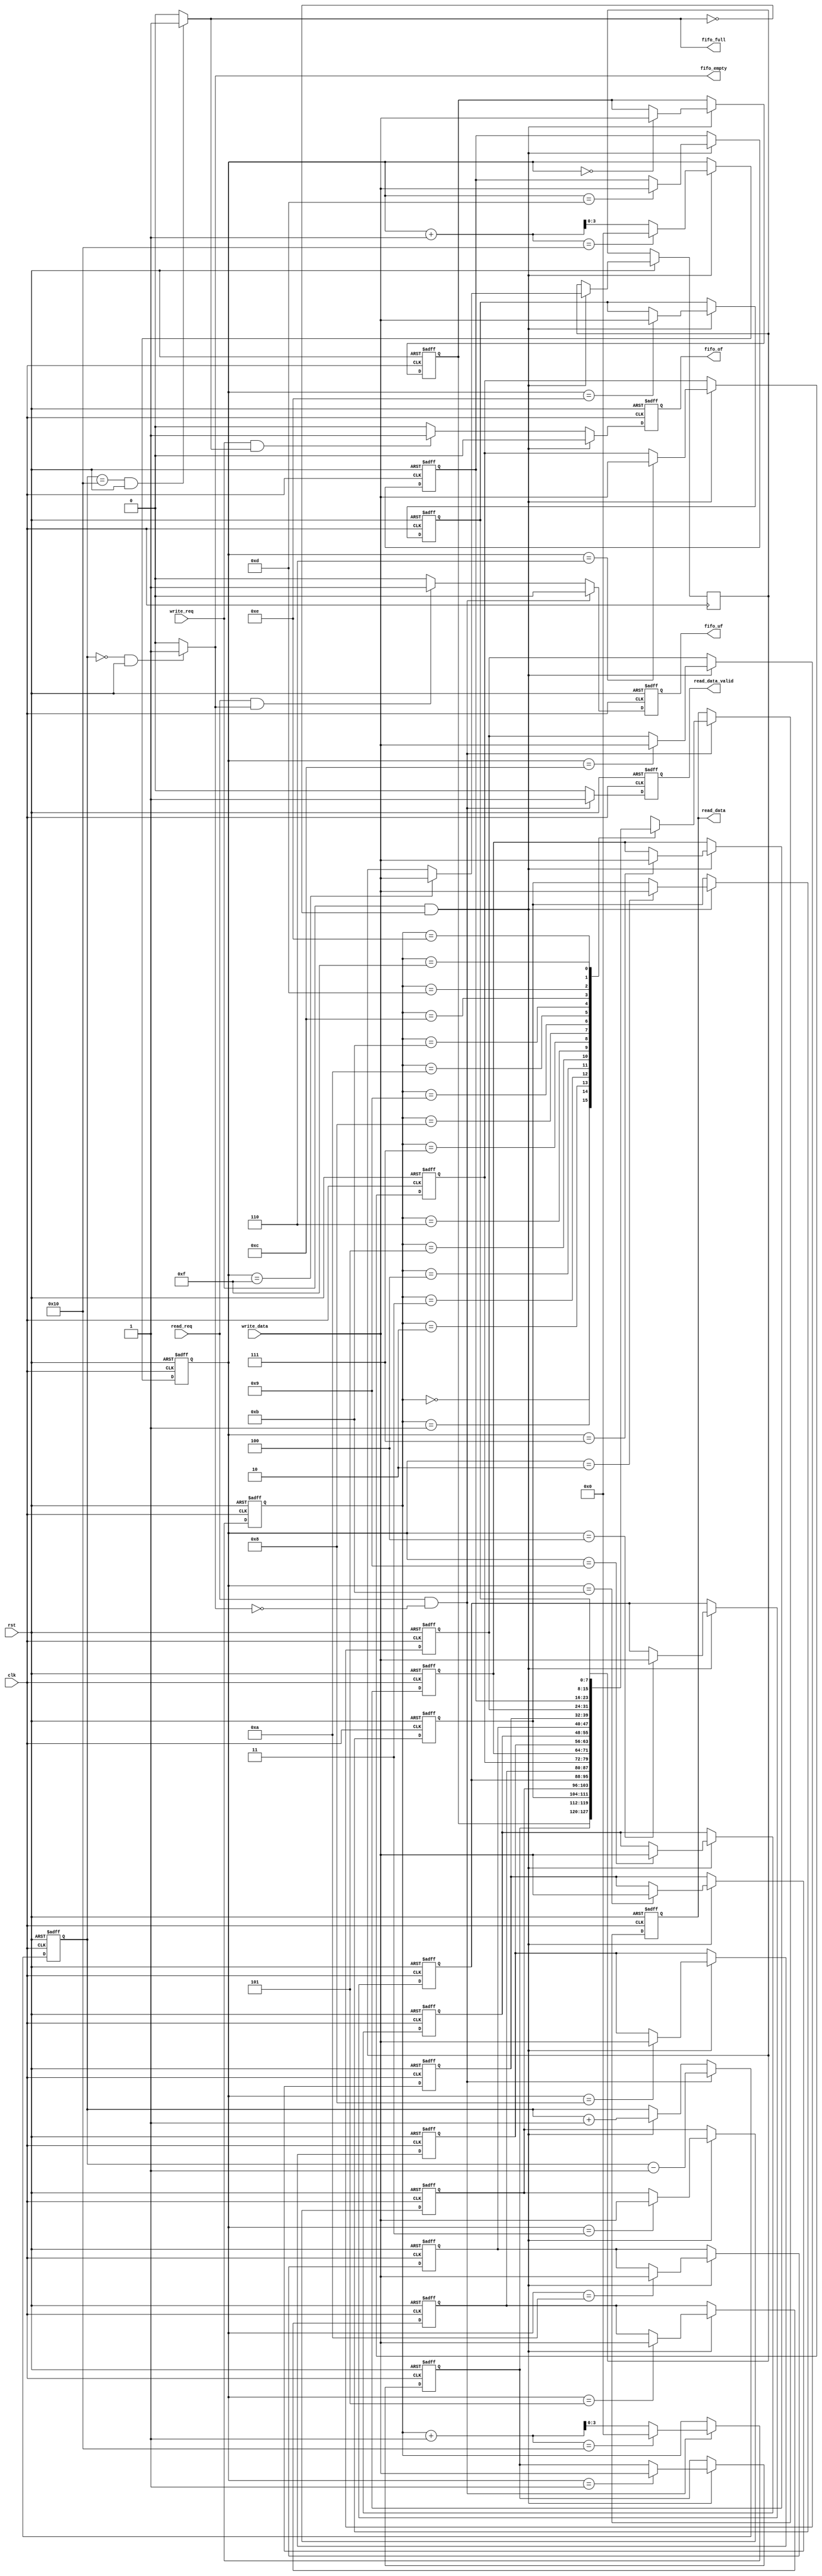
module FIFO #(
    parameter DATA = 8,
    parameter ADDR = 4)
    (
    input rst,
    input clk,
    input [DATA-1:0]write_data,
    input write_req, read_req,
    output reg [DATA-1:0]read_data,
    output reg read_data_valid,
    output fifo_empty, fifo_full,
    output reg fifo_of, fifo_uf
    );
    
    integer i;
    
    reg [DATA-1:0]FIFO[2**ADDR-1:0];
    reg [ADDR-1:0]w_pointer, r_pointer;
    reg [ADDR:0] filled;
    
    always @(posedge clk or negedge rst)
    begin
        if (!rst)
        begin
            read_data       <= 0;
            read_data_valid <= 0;
            fifo_of         <= 0;
            fifo_uf         <= 0;
            w_pointer       <= 0;
            r_pointer       <= 0;
            filled          <= 0;
            for (i = 0; i < 2**ADDR-1; i = i + 1)
                FIFO[i]     <= 0;
        end
        else
        begin
            read_data_valid     <= 0;
            fifo_of             <= 0;
            fifo_uf             <= 0;
            if (write_req && !fifo_full)
            begin
                FIFO[w_pointer] <= write_data;
                filled <= filled + 1;
                if (w_pointer + 1 == 2**ADDR)
                    w_pointer = 0;
                else
                    w_pointer   <= w_pointer + 1;
            end
            else if (write_req && fifo_full)
                fifo_of         <= 1;
            if (read_req && !fifo_empty)
            begin
                read_data       <= FIFO[r_pointer];
                read_data_valid <= 1;
                filled          <= filled - 1;
                if (r_pointer + 1 == 2**ADDR)
                    r_pointer   <= 0;
                else
                    r_pointer <= r_pointer + 1;
            end
            else if (read_req && fifo_empty)
                fifo_uf         <= 1;
        end
    end
    
    assign fifo_empty = (filled == 0) && rst ? 1 : 0;
    assign fifo_full = (filled == 2**ADDR) && rst ? 1 : 0;   
endmodule